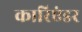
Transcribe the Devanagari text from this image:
कारिएंडर